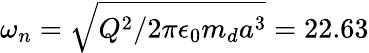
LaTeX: \omega_{n}=\sqrt{Q^{2}/2\pi\epsilon_{0}m_{d}a^{3}}=22.63